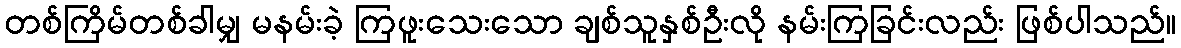
တစ်ကြိမ်တစ်ခါမျှ မနမ်းခဲ့ ကြဖူးသေးသော ချစ်သူနှစ်ဦးလို နမ်းကြခြင်းလည်း ဖြစ်ပါသည်။